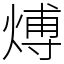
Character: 煿